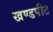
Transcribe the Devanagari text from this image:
खण्डपीट